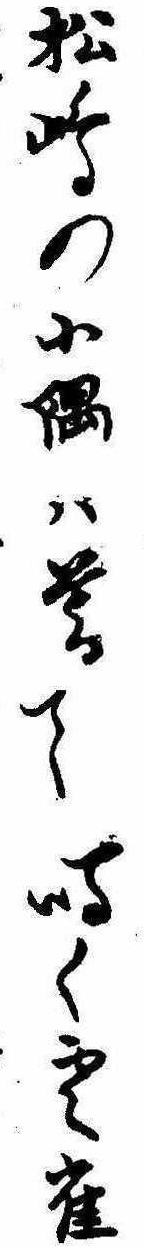
松島の小隅は暮て鳴く雲雀